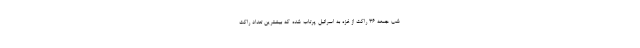
شب جمعه 36 راکت از غزه به اسرائیل پرتاب شده که بیشترین تعداد راکت